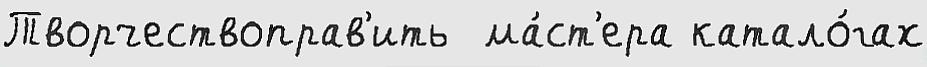
Творчествоправ'ить  ма́ст'ера катало́гах